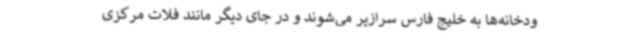
ودخانه‌ها به خلیج فارس سرازیر می‌شوند و در جای دیگر مانند فلات مرکزی